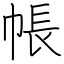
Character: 帳